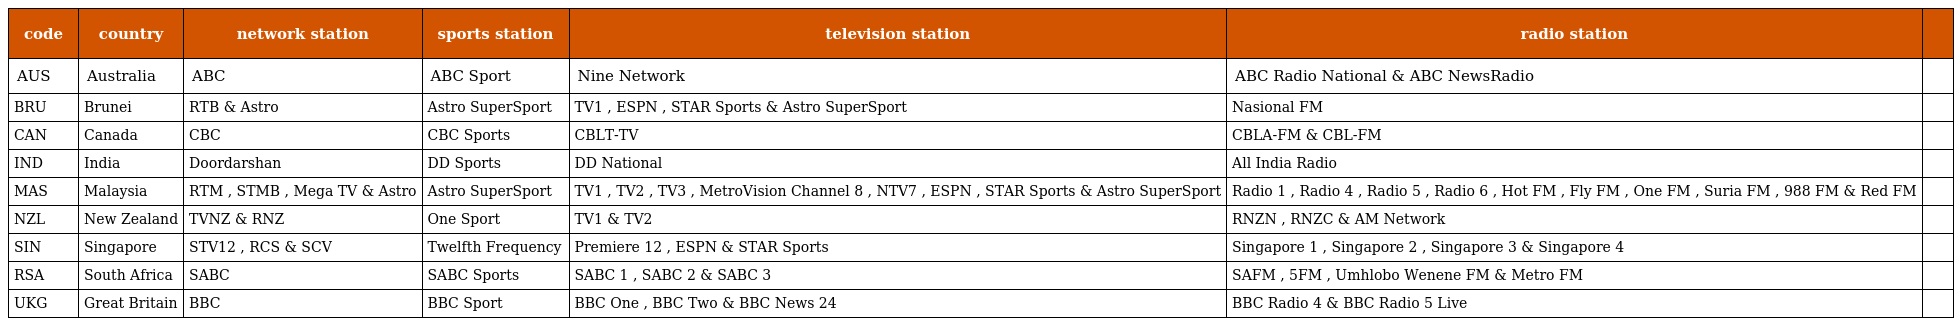
| code | country | network station | sports station | television station | radio station |  |
 | --- | --- | --- | --- | --- | --- | --- |
 | AUS | Australia | ABC | ABC Sport | Nine Network | ABC Radio National & ABC NewsRadio |  |
 | BRU | Brunei | RTB & Astro | Astro SuperSport | TV1 , ESPN , STAR Sports & Astro SuperSport | Nasional FM |  |
 | CAN | Canada | CBC | CBC Sports | CBLT-TV | CBLA-FM & CBL-FM |  |
 | IND | India | Doordarshan | DD Sports | DD National | All India Radio |  |
 | MAS | Malaysia | RTM , STMB , Mega TV & Astro | Astro SuperSport | TV1 , TV2 , TV3 , MetroVision Channel 8 , NTV7 , ESPN , STAR Sports & Astro SuperSport | Radio 1 , Radio 4 , Radio 5 , Radio 6 , Hot FM , Fly FM , One FM , Suria FM , 988 FM & Red FM |  |
 | NZL | New Zealand | TVNZ & RNZ | One Sport | TV1 & TV2 | RNZN , RNZC & AM Network |  |
 | SIN | Singapore | STV12 , RCS & SCV | Twelfth Frequency | Premiere 12 , ESPN & STAR Sports | Singapore 1 , Singapore 2 , Singapore 3 & Singapore 4 |  |
 | RSA | South Africa | SABC | SABC Sports | SABC 1 , SABC 2 & SABC 3 | SAFM , 5FM , Umhlobo Wenene FM & Metro FM |  |
 | UKG | Great Britain | BBC | BBC Sport | BBC One , BBC Two & BBC News 24 | BBC Radio 4 & BBC Radio 5 Live |  |